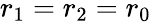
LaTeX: r_{1}=r_{2}=r_{0}